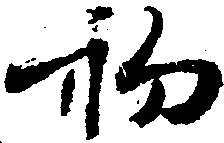
初